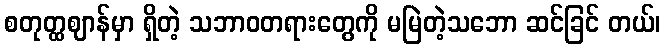
စတုတ္ထဈာန်မှာ ရှိတဲ့ သဘာဝတရားတွေကို မမြဲတဲ့သဘော ဆင်ခြင် တယ်၊